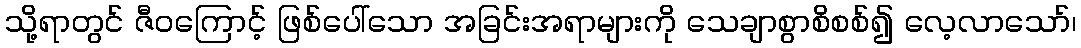
သို့ရာတွင် ဇီဝကြောင့် ဖြစ်ပေါ်သော အခြင်းအရာများကို သေချာစွာစိစစ်၍ လေ့လာသော်၊